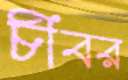
চীবর